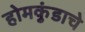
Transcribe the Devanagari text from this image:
होमकुंडाचे